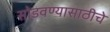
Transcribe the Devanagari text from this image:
सोडवण्यासाठीचे